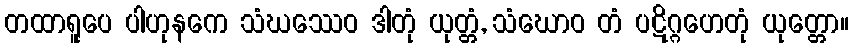
တထာရူပေ ပါဟုနကေ သံဃဿေဝ ဒါတုံ ယုတ္တံ, သံဃောဝ တံ ပဋိဂ္ဂဟေတုံ ယုတ္တော။